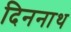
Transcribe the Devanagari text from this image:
दिननाथ